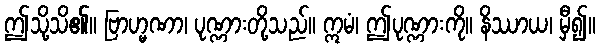
ဤသို့သိ၏။ ဗြာဟ္မဏာ၊ ပုဏ္ဏားတို့သည်။ ဣမံ၊ ဤပုဏ္ဏားကို။ နိဿာယ၊ မှီ၍။